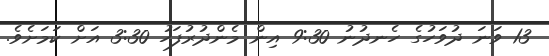
13 ވަނަ ދުވަހުގެ ހެނދުނު 9:30 އިން މެންދުރުފަހު 3:30 އަށް ކަމަށެވެ.